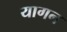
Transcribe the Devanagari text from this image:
यागन